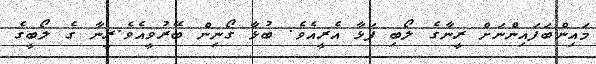
މައިންބަފައިންނަށް ރީނާގެ ލޯބި ފަޅާ އެރީއެވެ. ބުޅާ ގޯނިން ބޭރުވީއެވެ.ރީނާ ގެ ލޯބީގެ